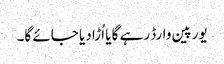
یورپین وارڈ رہے گا یا اُڑا دیا جائے گا۔